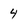
Character: 4